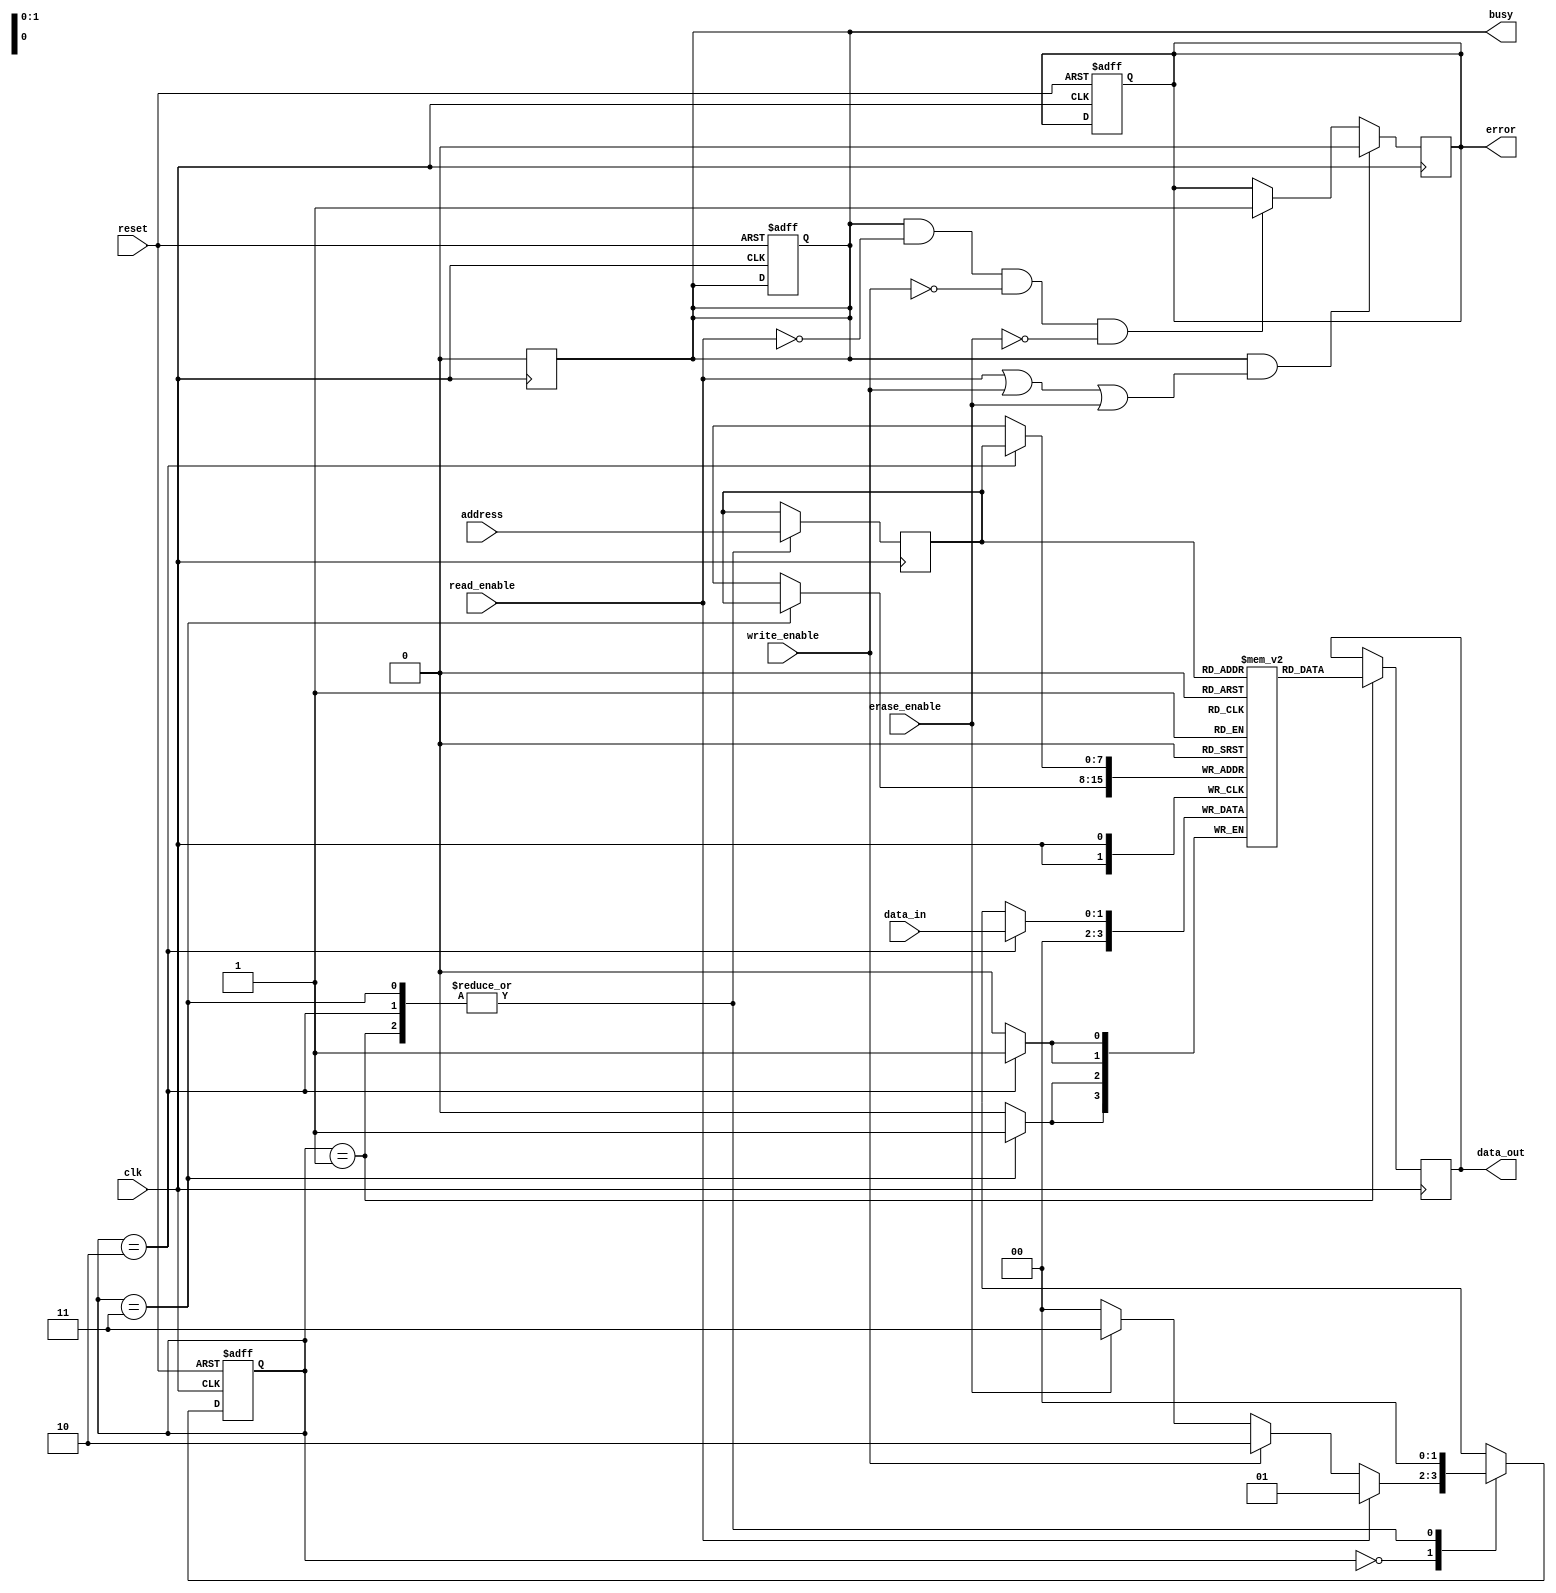
module mlc_eeprom (
    input wire clk,               // Clock signal
    input wire reset,             // Reset signal
    input wire [1:0] data_in,     // Data input (2 bits for MLC)
    input wire [7:0] address,     // Address input
    input wire read_enable,        // Read control signal
    input wire write_enable,       // Write control signal
    input wire erase_enable,       // Erase control signal
    output reg [1:0] data_out,     // Data output (2 bits for MLC)
    output reg busy,               // Busy signal
    output reg error               // Error signal
);

    // Parameters for states
    parameter IDLE = 2'b00;
    parameter READ = 2'b01;
    parameter WRITE = 2'b10;
    parameter ERASE = 2'b11;

    reg [1:0] state, next_state;   // State registers
    reg [1:0] memory_array [255:0]; // Memory array (256 cells of 2 bits each)
    reg [7:0] current_address;      // Current address register

    // State machine for operation management
    always @(posedge clk or posedge reset) begin
        if (reset) begin
            state <= IDLE;
            busy <= 0;
            error <= 0;
        end else begin
            state <= next_state;
        end
    end

    // Next state logic
    always @(*) begin
        case (state)
            IDLE: begin
                if (read_enable) next_state = READ;
                else if (write_enable) next_state = WRITE;
                else if (erase_enable) next_state = ERASE;
                else next_state = IDLE;
            end
            READ: next_state = IDLE; // Transition back to IDLE after read
            WRITE: next_state = IDLE; // Transition back to IDLE after write
            ERASE: next_state = IDLE; // Transition back to IDLE after erase
            default: next_state = IDLE;
        endcase
    end

    // Memory operations
    always @(posedge clk) begin
        case (state)
            READ: begin
                busy <= 1;
                current_address <= address;
                data_out <= memory_array[current_address]; // Read data from memory
                busy <= 0;
            end
            WRITE: begin
                busy <= 1;
                current_address <= address;
                memory_array[current_address] <= data_in; // Write data to memory
                busy <= 0;
            end
            ERASE: begin
                busy <= 1;
                current_address <= address;
                memory_array[current_address] <= 2'b00; // Erase data (set to 00)
                busy <= 0;
            end
            default: begin
                busy <= 0;
            end
        endcase
    end

    // Error detection (simple example)
    always @(posedge clk) begin
        if (busy && (read_enable || write_enable || erase_enable)) begin
            error <= 0; // Reset error when busy
        end else if (busy && !read_enable && !write_enable && !erase_enable) begin
            error <= 1; // Set error if busy without operation
        end
    end

endmodule